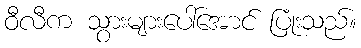
ဝီလီက သွားများပေါ်အောင် ပြုံးသည်။